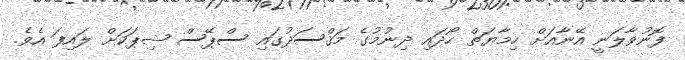
ފޮނުވާލަނީ އޭނާއަށް ހިމާޔަތް ހޯދައި ދިނުމުގެ މަޤްސަދުގައި ސްޕޭސް ޝިޕަކަށް ލައިފަ އެވެ.